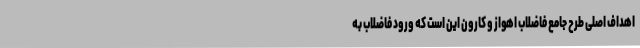
اهداف اصلی طرح جامع فاضلاب اهواز و کارون این است که ورود فاضلاب به